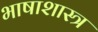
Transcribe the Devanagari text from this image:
भाषाशास्‍त्र